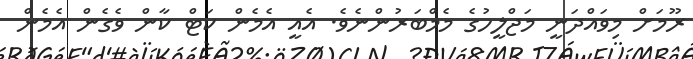
ރޫމަށް މިވައްދަނީ މަޖްލީހުގެ މެމްބަރުންނެވެ. އެއީ އެމެން ކަޓް ކާން ވެގެން އެމެން